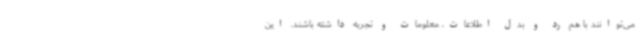
می‌توانند با هم رد و بدل اطلاعات، معلومات و تجربه داشته باشند. این